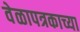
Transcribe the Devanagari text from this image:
वेळापत्रकाच्या